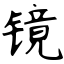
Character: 镜